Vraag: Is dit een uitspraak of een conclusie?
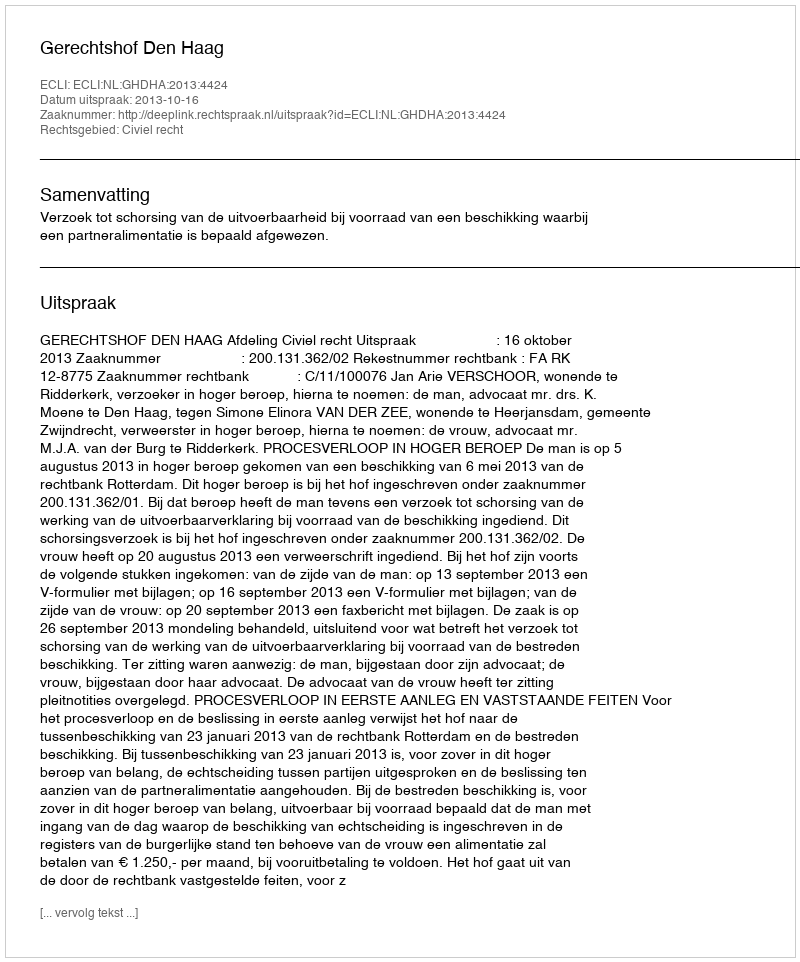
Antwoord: Uitspraak